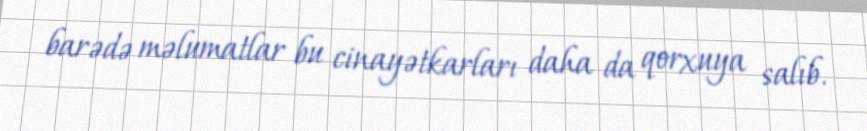
barədə məlumatlar bu cinayətkarları daha da qorxuya salıb.